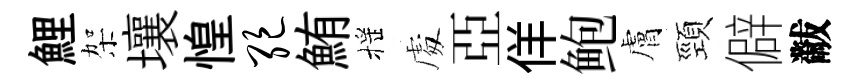
鯉架壤惶绝鮪摇䖏亞佯鲍膚頸僻黻